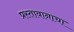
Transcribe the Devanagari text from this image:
प्रस्तावानाचा